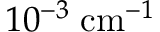
1 0 ^ { - 3 } \; \mathrm { c m } ^ { - 1 }